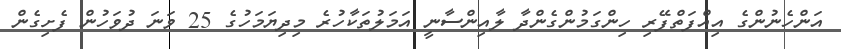
އަންހެނުންގެ އިއްފަތްފޭރި ހިންގަމުންގެންދާ ލާއިންސާނީ އަމަލުތަކާހުރެ މިދިޔަމަހުގެ 25 ވަނަ ދުވަހުން ފެށިގެން